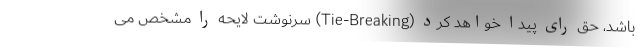
باشد، حق رای پیدا خواهد کرد (Tie-Breaking) سرنوشت لایحه را مشخص می